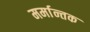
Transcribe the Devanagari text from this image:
मर्मान्तक